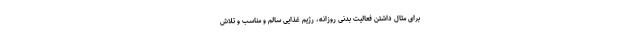
برای مثال داشتن فعالیت بدنی روزانه، رژیم غذایی سالم و مناسب و تلاش